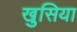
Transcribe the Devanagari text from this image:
खुसिया